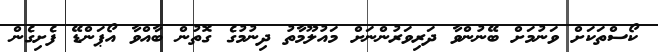
ކޯސްތަކަށް ވަނުމަށް ބޭނުންވާ ދަރިވަރުންނަށް މައުލޫމާތު ދިނުމުގެ ގޮތުން ބާއްވާ އޯޕަންޑޭ ފެށިގެން